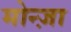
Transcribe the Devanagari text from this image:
मोन्ज़ा